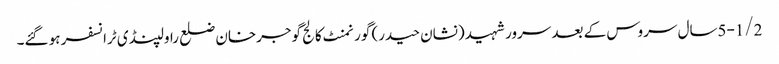
5-1/2سال سروس کے بعد سرور شہید (نشان حیدر) گورنمنٹ کالج گوجرخان ضلع راولپنڈی ٹرانسفر ہو گئے۔